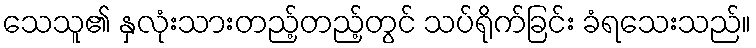
သေသူ၏ နှလုံးသားတည့်တည့်တွင် သပ်ရိုက်ခြင်း ခံရသေးသည်။